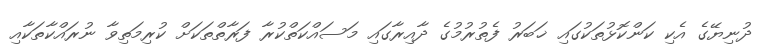
ދުނިޔޭގެ އެކި ކަންކޮޅުތަކުގައި ޚަބަރު ފެތުރުމުގެ ދާއިރާގައި މަސައްކަތްކުރާ ފަރާތްތަކަށް ކުރިމަތިވާ ނުރައްކާތަކާއި